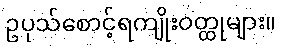
ဥပုသ်စောင့်ရကျိုးဝတ္ထုများ။